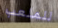
للملعب